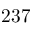
2 3 7